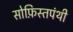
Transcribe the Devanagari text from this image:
सोफ़िस्तपंथी